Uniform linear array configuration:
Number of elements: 64
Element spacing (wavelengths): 0.75
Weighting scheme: binomial
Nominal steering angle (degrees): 15
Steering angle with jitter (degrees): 14.535
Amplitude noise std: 0.05
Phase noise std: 0.05

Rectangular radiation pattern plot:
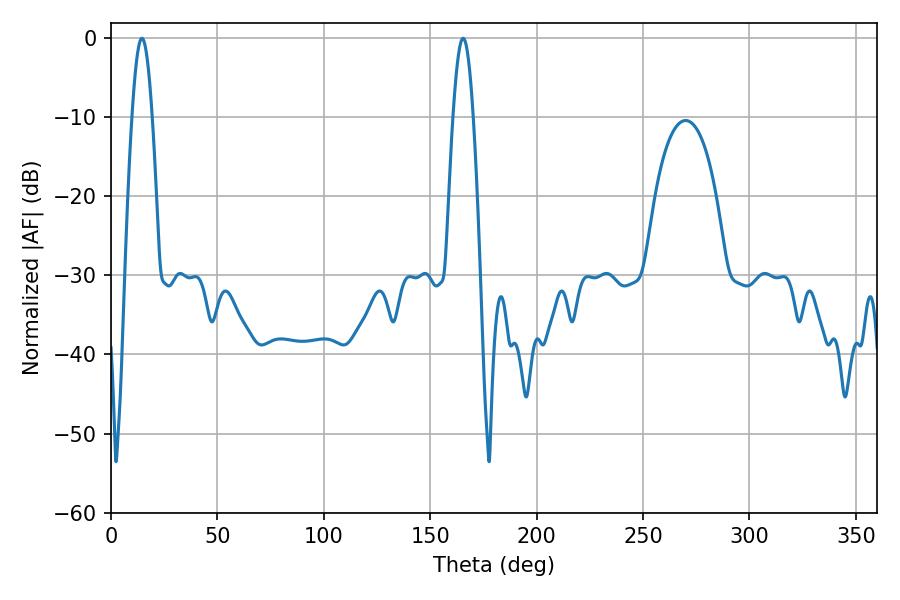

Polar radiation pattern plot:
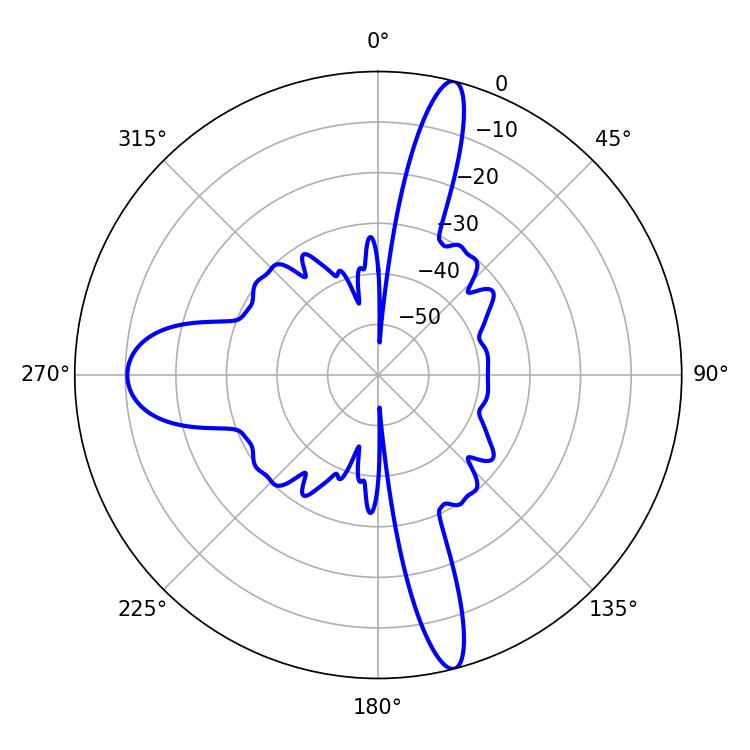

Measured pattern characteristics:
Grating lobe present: TRUE
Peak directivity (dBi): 19.789
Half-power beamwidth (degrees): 5.04
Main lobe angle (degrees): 14.58